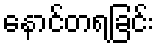
နောင်တရခြင်း